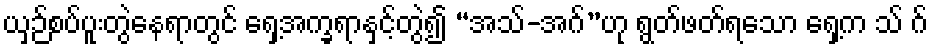
ယှဉ်စပ်ပူးတွဲနေရာတွင် ရှေ့အက္ခရာနှင့်တွဲ၍ “အသ်-အဂ်”ဟု ရွတ်ဖတ်ရသော ရှေ့က သ် ဂ်